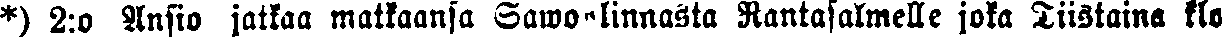
*) 2:o Ansio jatkaa matkaansa Sawonlinnasta Rantasalmelle joka Tiistaina klo